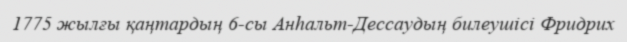
1775 жылғы қаңтардың 6-сы Анһальт-Дессаудың билеушісі Фридрих